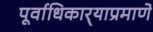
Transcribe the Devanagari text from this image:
पूर्वाधिकार्‍याप्रमाणे